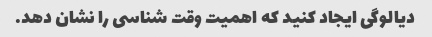
دیالوگی ایجاد کنید که اهمیت وقت شناسی را نشان دهد.